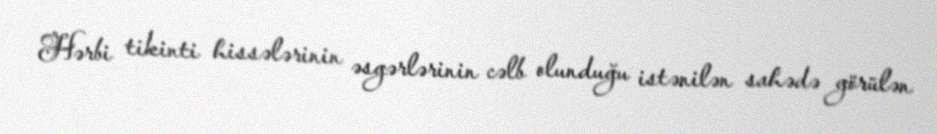
Hərbi tikinti hissələrinin əsgərlərinin cəlb olunduğu istənilən sahədə görülən